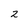
Character: 2